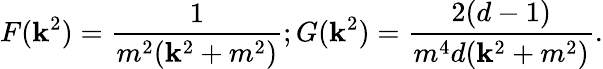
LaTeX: F(\mathbf{k}^{2})=\frac{{1}}{{m^{2}(\mathbf{k}^{2}+m^{2})}};G(\mathbf{k}^{2})=\frac{{2(d-1)}}{{m^{4}d(\mathbf{k}^{2}+m^{2})}}.